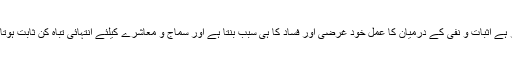
ظاہر ہے اثبات و نفی کے درمیان کا عمل خود غرضی اور فساد کا ہی سبب بنتا ہے اور سماج و معاشرے کیلئے انتہائی تباہ کن ثابت ہوتا ہے۔